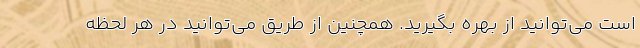
است می‌توانید از بهره بگیرید. همچنین از طریق می‌توانید در هر لحظه